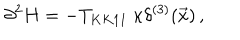
\partial ^ { 2 } H = - T _ { K K 1 1 } \ \kappa \delta ^ { ( 3 ) } ( \vec { x } ) \, ,